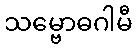
သမ္ဗောဓဂါမီ